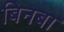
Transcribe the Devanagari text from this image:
बिनबा